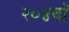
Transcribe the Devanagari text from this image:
२०४वॉ